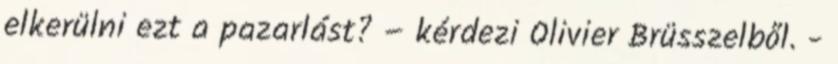
elkerülni ezt a pazarlást? – kérdezi Olivier Brüsszelből. -